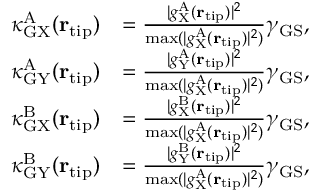
\begin{array} { r l } { \kappa _ { \mathrm { G X } } ^ { \mathrm { A } } ( { \bf r } _ { \mathrm { t i p } } ) } & { = \frac { | g _ { \mathrm { X } } ^ { \mathrm { A } } ( { \bf r } _ { \mathrm { t i p } } ) | ^ { 2 } } { \operatorname* { m a x } ( | g _ { \mathrm { X } } ^ { \mathrm { A } } ( { \bf r } _ { \mathrm { t i p } } ) | ^ { 2 } ) } \gamma _ { \mathrm { G S } } , } \\ { \kappa _ { \mathrm { G Y } } ^ { \mathrm { A } } ( { \bf r } _ { \mathrm { t i p } } ) } & { = \frac { | g _ { \mathrm { Y } } ^ { \mathrm { A } } ( { \bf r } _ { \mathrm { t i p } } ) | ^ { 2 } } { \operatorname* { m a x } ( | g _ { \mathrm { X } } ^ { \mathrm { A } } ( { \bf r } _ { \mathrm { t i p } } ) | ^ { 2 } ) } \gamma _ { \mathrm { G S } } , } \\ { \kappa _ { \mathrm { G X } } ^ { \mathrm { B } } ( { \bf r } _ { \mathrm { t i p } } ) } & { = \frac { | g _ { \mathrm { X } } ^ { \mathrm { B } } ( { \bf r } _ { \mathrm { t i p } } ) | ^ { 2 } } { \operatorname* { m a x } ( | g _ { \mathrm { X } } ^ { \mathrm { A } } ( { \bf r } _ { \mathrm { t i p } } ) | ^ { 2 } ) } \gamma _ { \mathrm { G S } } , } \\ { \kappa _ { \mathrm { G Y } } ^ { \mathrm { B } } ( { \bf r } _ { \mathrm { t i p } } ) } & { = \frac { | g _ { \mathrm { Y } } ^ { \mathrm { B } } ( { \bf r } _ { \mathrm { t i p } } ) | ^ { 2 } } { \operatorname* { m a x } ( | g _ { \mathrm { X } } ^ { \mathrm { A } } ( { \bf r } _ { \mathrm { t i p } } ) | ^ { 2 } ) } \gamma _ { \mathrm { G S } } , } \end{array}